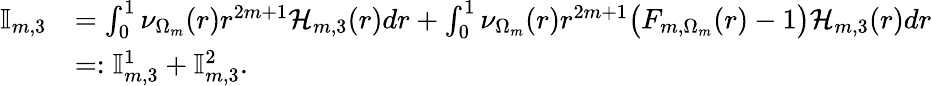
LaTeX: \begin{array}{rl}{\mathbb{I}_{m,3}}&{=\int_{0}^{1}\nu_{\Omega_{m}}(r)r^{2m+1}\mathcal{H}_{m,3}(r)dr+\int_{0}^{1}\nu_{\Omega_{m}}(r)r^{2m+1}\big(F_{m,\Omega_{m}}(r)-1\big)\mathcal{H}_{m,3}(r)dr}\\ &{=:\mathbb{I}_{m,3}^{1}+\mathbb{I}_{m,3}^{2}.}\end{array}